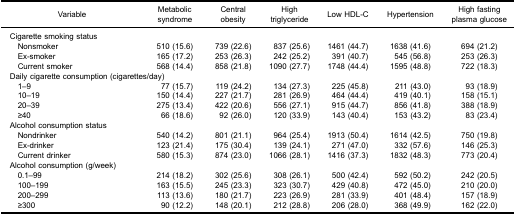
<table><thead><tr><td><b>Variable</b></td><td><b>Metabolicsyndrome</b></td><td><b>Centralobesity</b></td><td><b>Hightriglyceride</b></td><td><b>Low HDL-C</b></td><td><b>Hypertension</b></td><td><b>High fastingplasma glucose</b></td></tr></thead><tbody><tr><td colspan="7">Cigarette smoking status</td></tr><tr><td> Nonsmoker</td><td>510 (15.6)</td><td>739 (22.6)</td><td>837 (25.6)</td><td>1461 (44.7)</td><td>1638 (41.6)</td><td>694 (21.2)</td></tr><tr><td> Ex-smoker</td><td>165 (17.2)</td><td>253 (26.3)</td><td>242 (25.2)</td><td>391 (40.7)</td><td>545 (56.8)</td><td>253 (26.3)</td></tr><tr><td> Current smoker</td><td>568 (14.4)</td><td>858 (21.8)</td><td>1090 (27.7)</td><td>1748 (44.4)</td><td>1595 (48.8)</td><td>722 (18.3)</td></tr><tr><td colspan="7">Daily cigarette consumption (cigarettes/day)</td></tr><tr><td> 1–9</td><td>77 (15.7)</td><td>119 (24.2)</td><td>134 (27.3)</td><td>225 (45.8)</td><td>211 (43.0)</td><td>93 (18.9)</td></tr><tr><td> 10–19</td><td>150 (14.4)</td><td>227 (21.7)</td><td>281 (26.9)</td><td>464 (44.4)</td><td>419 (40.1)</td><td>158 (15.1)</td></tr><tr><td> 20–39</td><td>275 (13.4)</td><td>422 (20.6)</td><td>556 (27.1)</td><td>915 (44.7)</td><td>856 (41.8)</td><td>388 (18.9)</td></tr><tr><td> ≥40</td><td>66 (18.6)</td><td>92 (26.0)</td><td>120 (33.9)</td><td>143 (40.4)</td><td>153 (43.2)</td><td>83 (23.4)</td></tr><tr><td colspan="7">Alcohol consumption status</td></tr><tr><td> Nondrinker</td><td>540 (14.2)</td><td>801 (21.1)</td><td>964 (25.4)</td><td>1913 (50.4)</td><td>1614 (42.5)</td><td>750 (19.8)</td></tr><tr><td> Ex-drinker</td><td>123 (21.4)</td><td>175 (30.4)</td><td>139 (24.1)</td><td>271 (47.0)</td><td>332 (57.6)</td><td>146 (25.3)</td></tr><tr><td> Current drinker</td><td>580 (15.3)</td><td>874 (23.0)</td><td>1066 (28.1)</td><td>1416 (37.3)</td><td>1832 (48.3)</td><td>773 (20.4)</td></tr><tr><td colspan="7">Alcohol consumption (g/week)</td></tr><tr><td> 0.1–99</td><td>214 (18.2)</td><td>302 (25.6)</td><td>308 (26.1)</td><td>500 (42.4)</td><td>592 (50.2)</td><td>242 (20.5)</td></tr><tr><td> 100–199</td><td>163 (15.5)</td><td>245 (23.3)</td><td>323 (30.7)</td><td>429 (40.8)</td><td>472 (45.0)</td><td>210 (20.0)</td></tr><tr><td> 200–299</td><td>113 (13.6)</td><td>180 (21.7)</td><td>223 (26.9)</td><td>281 (33.9)</td><td>401 (48.4)</td><td>157 (18.9)</td></tr><tr><td> ≥300</td><td>90 (12.2)</td><td>148 (20.1)</td><td>212 (28.8)</td><td>206 (28.0)</td><td>368 (49.9)</td><td>162 (22.0)</td></tr></tbody></table>